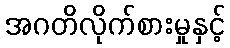
အဂတိလိုက်စားမှုနှင့်